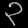
Digit: ၃